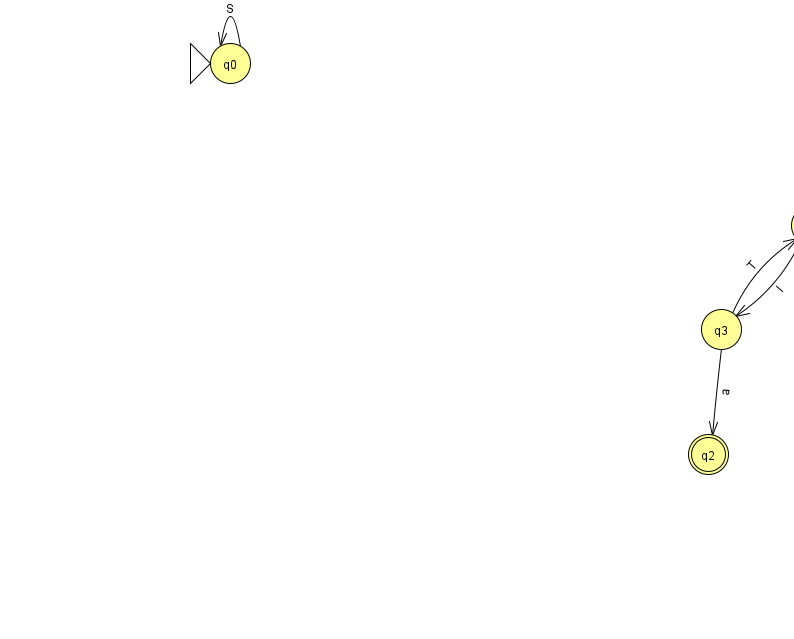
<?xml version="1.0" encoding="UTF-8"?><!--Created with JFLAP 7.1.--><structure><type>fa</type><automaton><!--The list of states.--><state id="0" name="q0"><x>230.0</x><y>50.0</y><initial/></state><state id="1" name="q1"><x>811.0</x><y>212.0</y></state><state id="2" name="q2"><x>708.0</x><y>441.0</y><final/></state><state id="3" name="q3"><x>721.0</x><y>316.0</y></state><!--The list of transitions.--><transition><from>3</from><to>2</to><read>a</read></transition><transition><from>0</from><to>0</to><read>S</read></transition><transition><from>1</from><to>1</to><read>g</read></transition><transition><from>1</from><to>3</to><read>I</read></transition><transition><from>3</from><to>1</to><read>T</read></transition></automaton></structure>